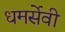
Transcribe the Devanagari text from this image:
धमर्सेवी